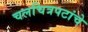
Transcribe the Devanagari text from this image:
चलचित्रपटांचे